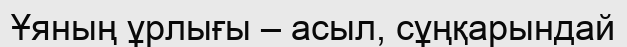
Ұяның ұрлығы – асыл, сұңқарындай